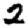
Digit: 2